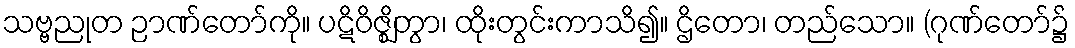
သဗ္ဗညုတ ဉာဏ်တော်ကို။ ပဋိဝိဇ္ဈိတွာ၊ ထိုးတွင်းကာသိ၍။ ဌိတော၊ တည်သော။ (ဂုဏ်တော်၌